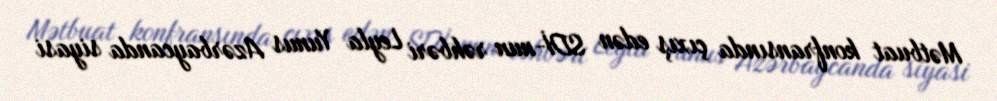
Mətbuat konfransında çıxış edən SDİ-nun rəhbəri Leyla Yunus Azərbaycanda siyasi